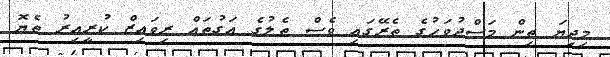
މިދިޔަ ތިން މަސްދުވަހުގެ ތެރޭގައި ވެސް ތެލުގެ އަގުތައް ރިވައިޒް ކުރީއިރު ތެޔޮ